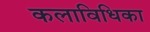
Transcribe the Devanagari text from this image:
कलाविधिका